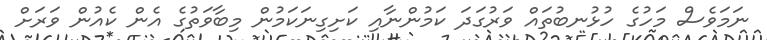
ނަމަވެސް މަހުގެ ހުޅުނބުތައް ވަރުގަދަ ކަމުންނާއި ކަށިގިނަކަމުން މިބާވަތުގެ އެން ކެއުން ވަރަށް